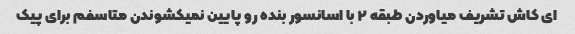
ای کاش تشریف میاوردن طبقه ۲ با اسانسور بنده رو پایین نمیکشوندن متاسفم برای پیک